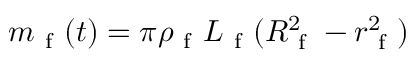
m _ { \mathrm { ~ f ~ } } ( t ) = \pi \rho _ { \mathrm { ~ f ~ } } L _ { \mathrm { ~ f ~ } } ( R _ { \mathrm { ~ f ~ } } ^ { 2 } - r _ { \mathrm { ~ f ~ } } ^ { 2 } )